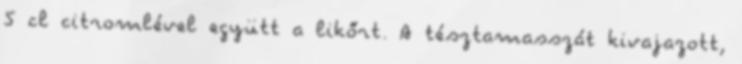
5 cl citromlével együtt a likőrt. A tésztamasszát kivajazott,